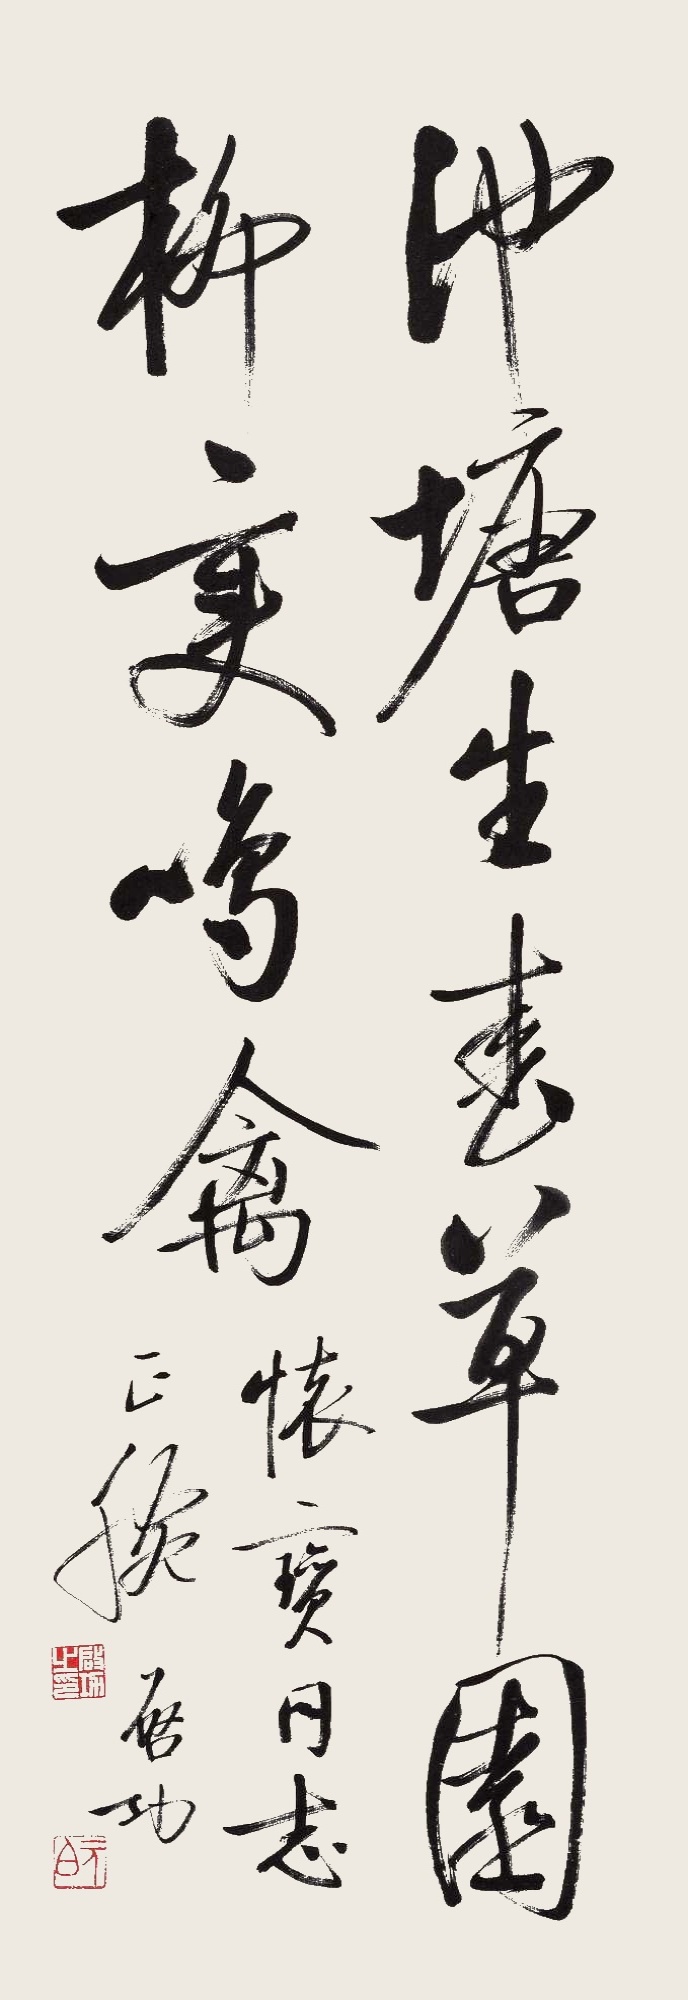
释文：池塘生春草，园柳变鸣禽。怀宝同志正腕，启功。